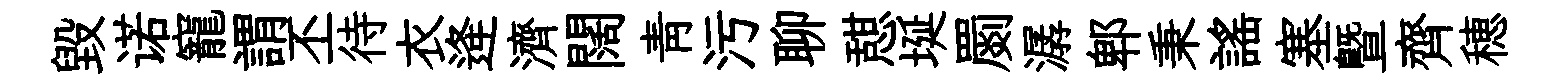
毀诺寵謂丕待衣逄濟闊靑污聊憇埏罽潺郫秉謡塞暨齊穂